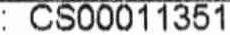
: CS00011351